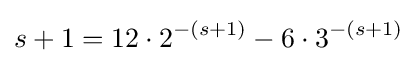
s+1=12\cdot 2^{-(s+1)}-6\cdot 3^{-(s+1)}